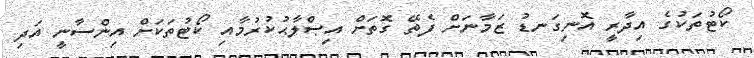
ކޯޓުތަކުގެ އިދާރީ އޮނިގަނޑު ޒަމާނަށް ފެތޭ ގޮތަށް އިޞްލާޙުކުރުމާއި ކޯޓުތަކަށް އިންސާނީ އަދި